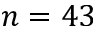
n = 4 3